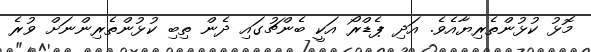
މޮޅު ކުޅުންތެރިޔާއެވެ. އަދި ޕެޑްރޯ އަކީ ބެންޗުގައި ދެން ތިބި ކުޅުންތެރިންނަށް ވުރެ